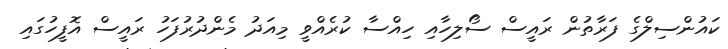
ކައުންސިލްގެ ފަރާތުން ރައީސް ސޯލިހާއި ހިއްސާ ކުރެއްވީ މިއަދު މެންދުރުފަހު ރައީސް އޮފީހުގައި